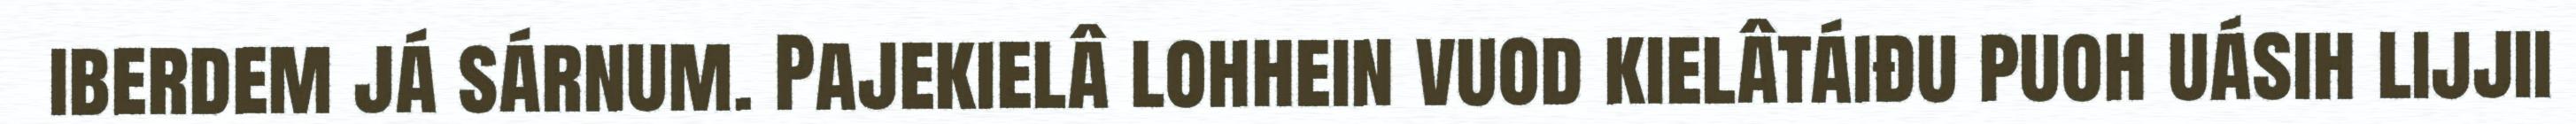
iberdem já sárnum. Pajekielâ lohhein vuod kielâtáiđu puoh uásih lijjii